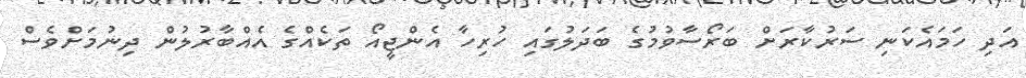
އަދި ހަމައެކަނި ސަރުކާރަށް ބަރޯސާވުމުގެ ބަދަލުގައި ހުރިހާ އެންޖީއޯ ތަކެއްގެ އެއްބާރުލުން ދިނުމަށްވެސް